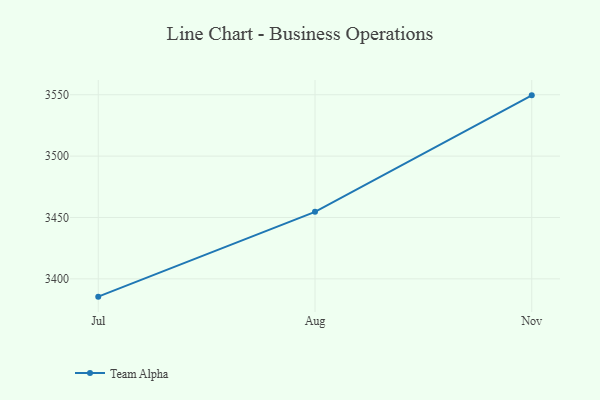
{"axis": {"x": "Month", "y": "Temperature (°C)"}, "legend": ["Team Alpha"], "data": [{"x": "Jul", "y": 3385.5, "type": "Team Alpha"}, {"x": "Aug", "y": 3454.6, "type": "Team Alpha"}, {"x": "Nov", "y": 3549.5, "type": "Team Alpha"}]}